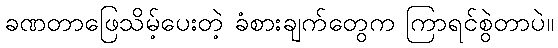
ခဏတာဖြေသိမ့်ပေးတဲ့ ခံစားချက်တွေက ကြာရင်စွဲတာပဲ။